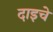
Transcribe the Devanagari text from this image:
दाइचे